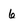
Character: 6